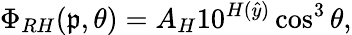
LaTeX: \Phi_{RH}(\mathfrak{p},\theta)=A_{H}10^{H(\hat{{y}})}\cos^{3}\theta,